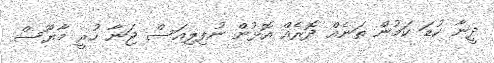
ދީނާ ކުޑަ ކަމުން ތަނެއް ދޮރެއް އޮޅުން ނުފިލިއަސް ޖަނާ ހުރީ މާޔޫސް